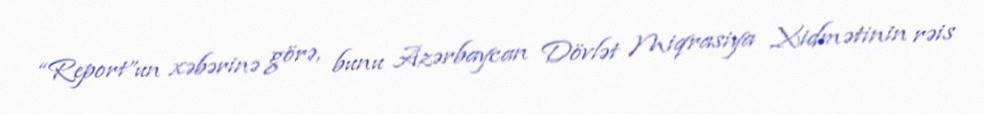
“Report”un xəbərinə görə, bunu Azərbaycan Dövlət Miqrasiya Xidmətinin rəis